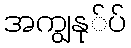
အကျွနု်ပ်